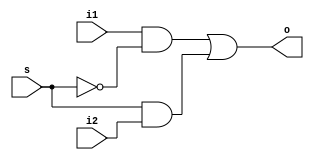
module mux21(output o, input i1,i2,s);
  wire sc,x,y;
  not(sc,s);
  and(x,i1,sc);
  and(y,s,i2);
  or(o,x,y);
endmodule